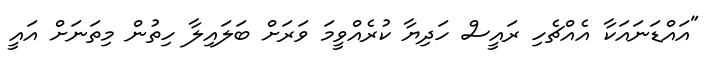
"އައްޑަނައަކާ އެއްޗެހި ރައީސް ހަދިޔާ ކުރެއްވީމަ ވަރަށް ބަލައިލާ ހިތުން މިތަނަށް އައީ